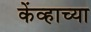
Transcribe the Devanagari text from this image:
केंव्हाच्या